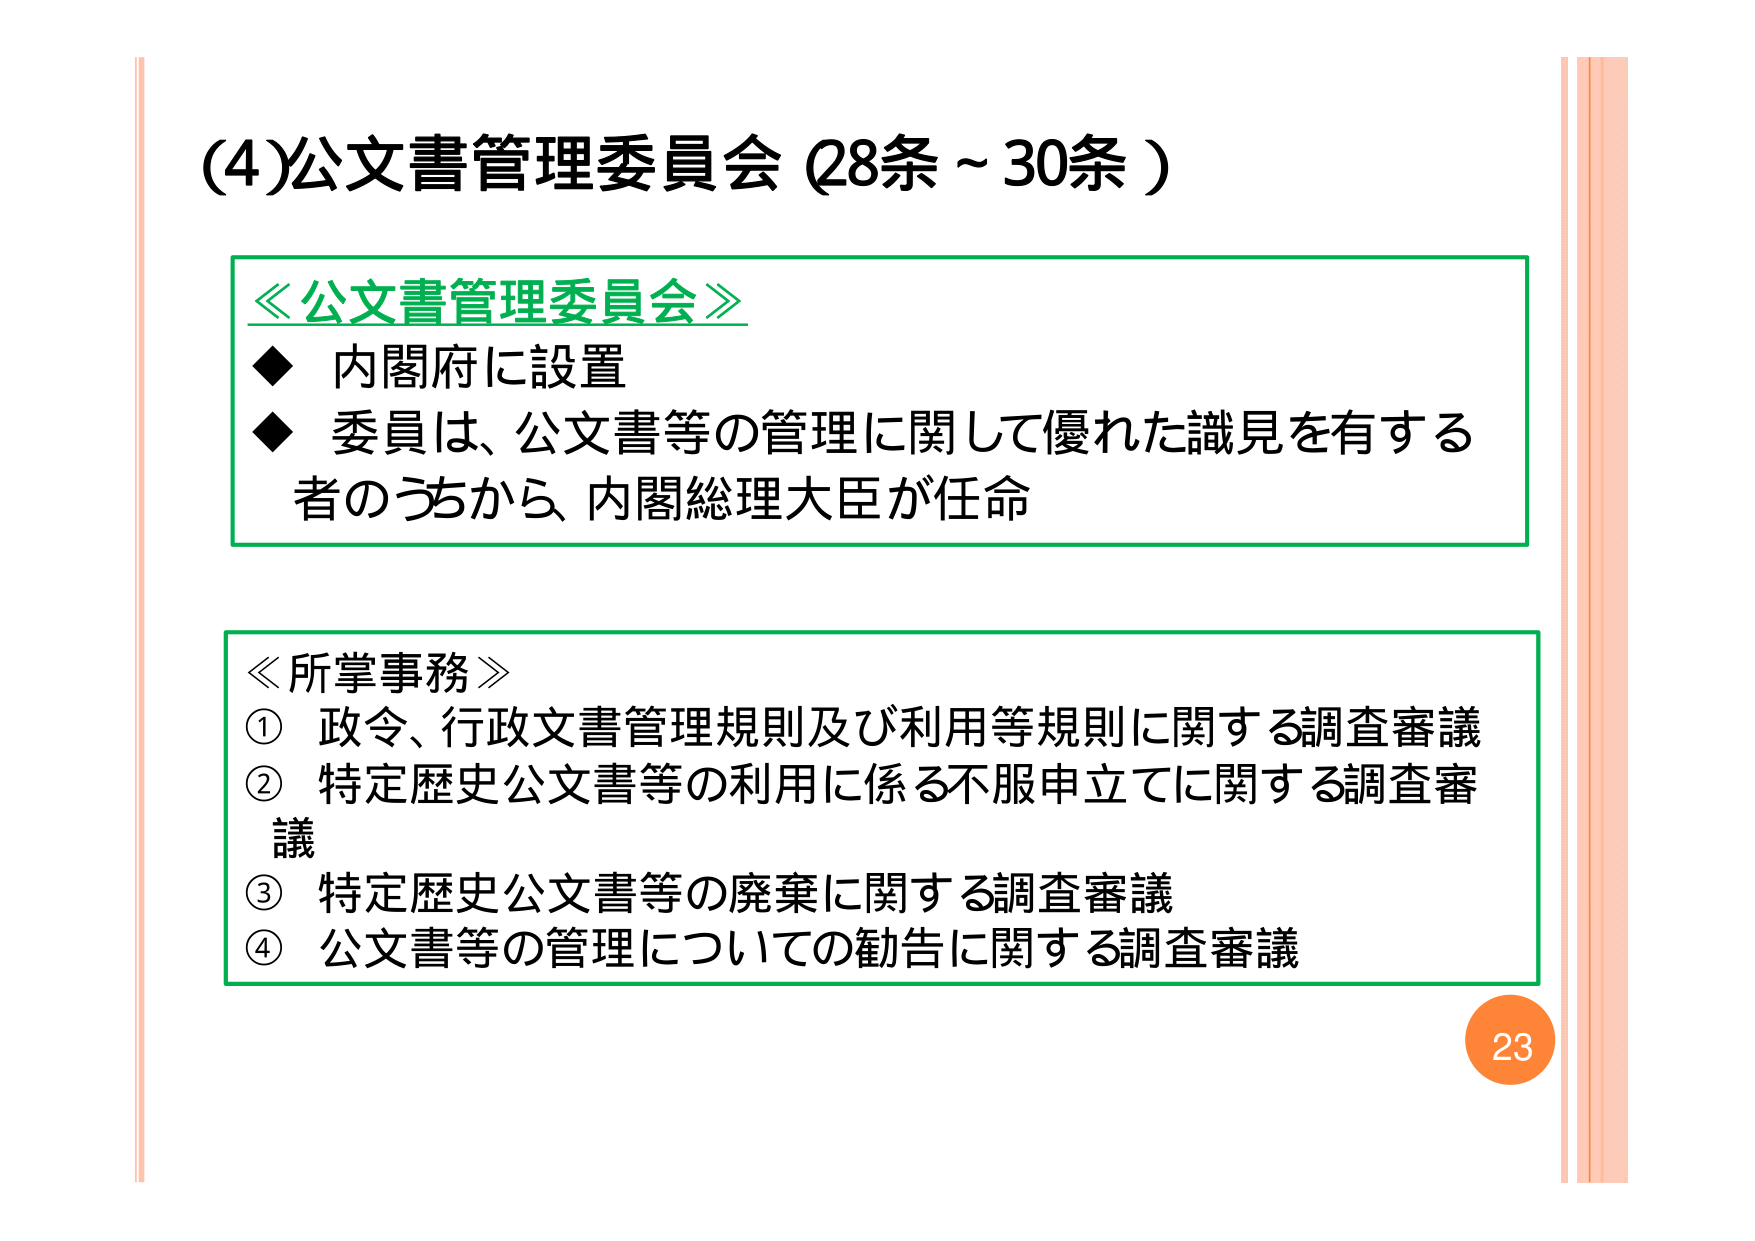
(4)公文書管理委員会（28条～30条）

≪公文書管理委員会≫
◆ 内閣府に設置
◆ 委員は、公文書等の管理に関して優れた識見を有する者のうちから、内閣総理大臣が任命

≪所掌事務≫
① 政令、行政文書管理規則及び利用等規則に関する調査審議
② 特定歴史公文書等の利用に係る不服申立てに関する調査審議
③ 特定歴史公文書等の廃棄に関する調査審議
④ 公文書等の管理についての勧告に関する調査審議

23